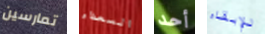
تمارسين السعداء أحد للإبقاء